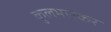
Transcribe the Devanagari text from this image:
कुलभास्कर